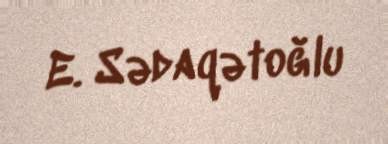
E. Sədaqətoğlu